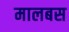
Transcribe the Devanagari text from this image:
मालबस